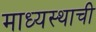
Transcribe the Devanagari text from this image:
माध्यस्थाची